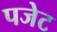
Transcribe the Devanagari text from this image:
पजेट